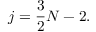
j = { \frac { 3 } { 2 } } N - 2 .